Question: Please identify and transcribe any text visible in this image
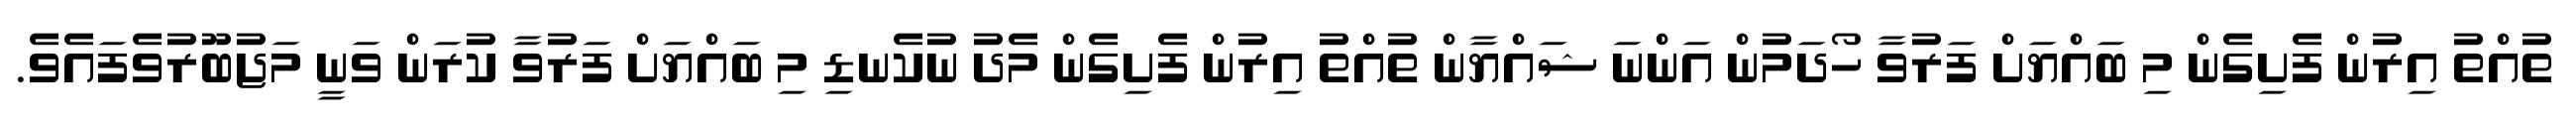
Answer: ތުއްތު އިރުން ފެށިގެން މި ބައްޔަށް ފަރުވާ ހޯދަމުން އަންނަ ޝައްޔާން ތުއްތު އިރުން ފެށިގެން މެދު ނުކެނޑި މި ބައްޔަށް ފަރުވާ ކުރަން ވަނީ މަޖުބޫރުވެފައެވެ.